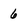
Character: 6